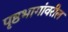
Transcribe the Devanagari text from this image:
पृष्ठभागांवरील